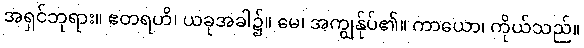
အရှင်ဘုရား။ ဧတရဟိ၊ ယခုအခါ၌။ မေ၊ အကျွန်ုပ်၏။ ကာယော၊ ကိုယ်သည်။